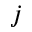
j